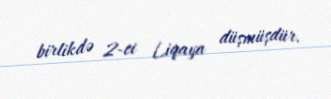
birlikdə 2-ci Liqaya düşmüşdür.